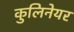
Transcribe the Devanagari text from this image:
कुलिनेयर